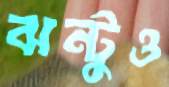
ঝন্টুও